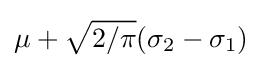
\mu +{\sqrt {2/\pi }}(\sigma _{2}-\sigma _{1})